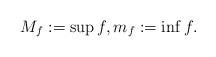
\begin{align*}M_{f}:=\sup f,m_{f}:=\inf f. \end{align*}